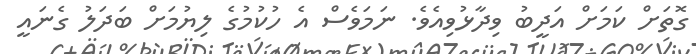
ގޮތަށް ކަމަށް އަދީބު ވިދާޅުވިއެވެ. ނަމަވެސް އެ ހުކުމުގެ ލިޔުމަށް ބަދަލު ގެނައީ